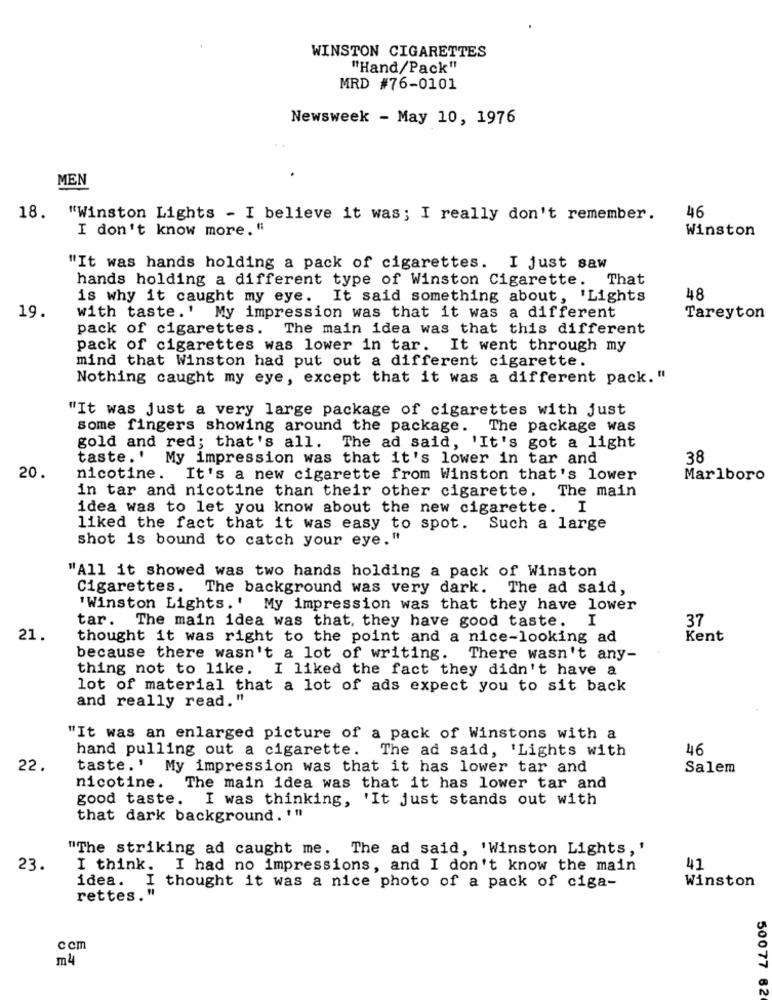
WINSTON CIGARETTES
"Hand/Pack"
MRD #76-0101
Newsweek - May 10, 1976
MEN
46
18. "Winston Lights - I believe it was; I really don't remember.
I don't know more. "
Winston
"It was hands holding a pack of cigarettes. I just saw
hands holding a different type of Winston Cigarette. That
is why it caught my eye. It said something about, 'Lights
48
19.
with taste.' My impression was that it was a different
Tareyton
pack of cigarettes.
The main idea was that this different
pack of cigarettes was lower in tar. It went through my
mind that Winston had put out a different cigarette.
Nothing caught my eye, except that it was a different pack. "
"It was just a very large package of cigarettes with just
some fingers showing around the package. The package was
gold and red; that's all. The ad said, 'It's got a light
taste.' My impression was that it's lower in tar and
38
20
nicotine. It's a new cigarette from Winston that's lower
Marlboro
The main
in tar and nicotine than their other cigarette.
idea was to let you know about the new cigarette. I
liked the fact that it was easy to spot. Such a large
shot is bound to catch your eye."
"All it showed was two hands holding a pack of Winston
Cigarettes. The background was very dark. The ad said,
'Winston Lights.' My impression was that they have lower
I
37
tar. The main idea was that, they have good taste.
21.
thought it was right to the point and a nice-looking ad
Kent
because there wasn't a lot of writing. There wasn't any-
thing not to like. I liked the fact they didn't have a
lot of material that a lot of ads expect you to sit back
and really read."
"It was an enlarged picture of a pack of Winstons with a
hand pulling out a cigarette. The ad said, 'Lights with
46
22.
taste.' My impression was that it has lower tar and
Salem
nicotine. The main idea was that it has lower tar and
good taste.
I was thinking, 'It just stands out with
that dark background. !!!
"The striking ad caught me. The ad said, 'Winston Lights, '
23.
I think. I had no impressions, and I don't know the main
41
Winston
idea. I thought it was a nice photo of a pack of ciga-
rettes . "
ccm
m4
50077 62